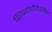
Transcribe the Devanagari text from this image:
शिष्यांचीदेखील